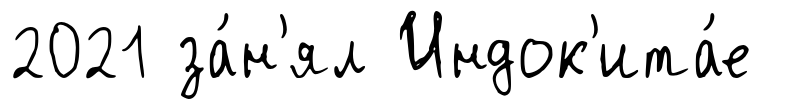
2021 за́н'ял Индок'ита́е